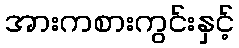
အားကစားကွင်းနှင့်